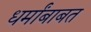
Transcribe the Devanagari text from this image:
धर्मांबाबत